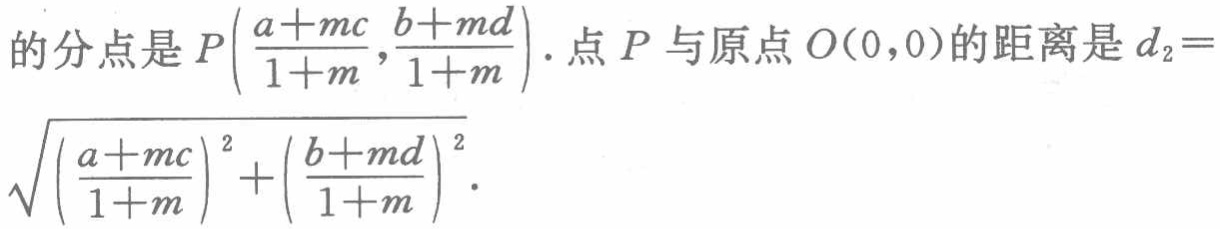
的分点是 \(P\left(\frac{a + mc}{1 + m},\frac{b + md}{1 + m}\right)\). 点 \(P\) 与原点 \(O(0,0)\) 的距离是 \(d_{2}= \sqrt{\left(\frac{a + mc}{1 + m}\right)^{2}+\left(\frac{b + md}{1 + m}\right)^{2}}\).